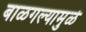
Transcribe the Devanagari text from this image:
बाळगल्यामुळे